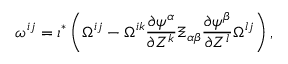
\omega ^ { i j } = \iota ^ { * } \left( \Omega ^ { i j } - \Omega ^ { i k } \frac { \partial \psi ^ { \alpha } } { \partial Z ^ { k } } \Xi _ { \alpha \beta } \frac { \partial \psi ^ { \beta } } { \partial Z ^ { l } } \Omega ^ { l j } \right) ,